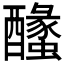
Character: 𨣰